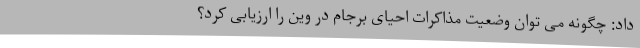
داد: چگونه می توان وضعیت مذاکرات احیای برجام در وین را ارزیابی کرد؟